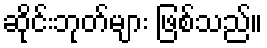
ဆိုင်းဘုတ်များ ဖြစ်သည်။